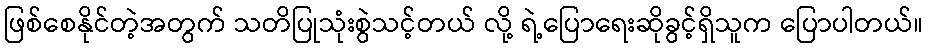
ဖြစ်စေနိုင်တဲ့အတွက် သတိပြုသုံးစွဲသင့်တယ် လို့ ရဲ့ပြောရေးဆိုခွင့်ရှိသူက ပြောပါတယ်။